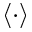
\langle \cdot \rangle